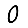
Digit: 0